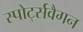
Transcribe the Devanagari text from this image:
स्पोर्ट्सवैगन